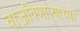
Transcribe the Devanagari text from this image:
वाजविणाऱ्याच्या